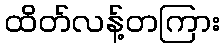
ထိတ်လန့်တကြား